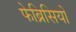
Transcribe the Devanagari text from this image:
फेब्रिसियो